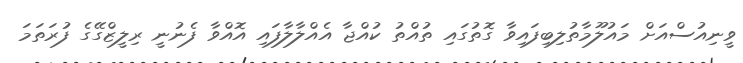
ވީނިއުސްއަށް މައުލޫމާތުލިބިފައިވާ ގޮތުގައި ތުއްތު ކުއްޖާ އެއްލާލާފައި އޮއްވާ ފެނުނީ ރިލީޒްގޭގެ ފުރަތަމަ